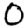
Digit: 0